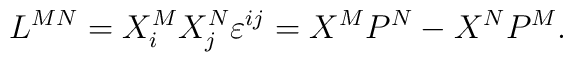
L^{MN}=X_i^MX_j^N\varepsilon ^{ij}=X^MP^N-X^NP^M.